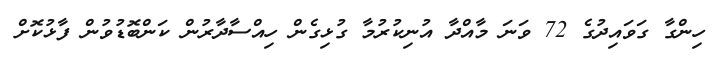
ހިންގާ ގަވައިދުގެ 72 ވަނަ މާއްދާ އުނިކުރުމާ ގުޅިގެން ހިއްސާދާރުން ކަންބޮޑުވުން ފާޅުކޮށް